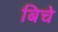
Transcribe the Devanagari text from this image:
बिचे